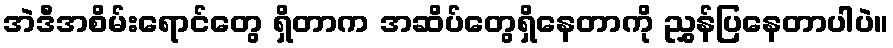
အဲဒီအစိမ်းရောင်တွေ ရှိတာက အဆိပ်တွေရှိနေတာကို ညွှန်ပြနေတာပါပဲ။